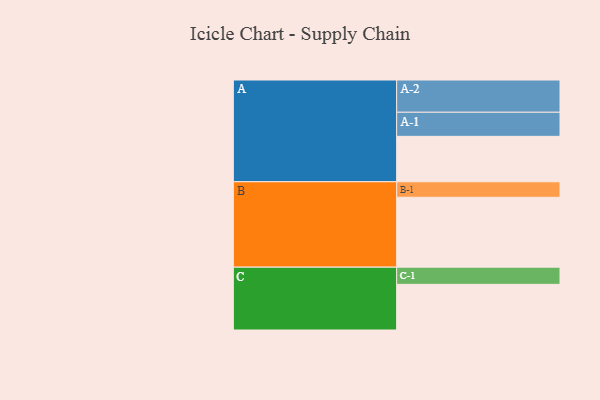
{"axis": {"x": "Segment", "y": "Value"}, "legend": ["", "A", "B", "C"], "data": [{"x": "A", "y": 386, "type": ""}, {"x": "B", "y": 594, "type": ""}, {"x": "C", "y": 388, "type": ""}, {"x": "A-1", "y": 205, "type": "A"}, {"x": "A-2", "y": 274, "type": "A"}, {"x": "B-1", "y": 132, "type": "B"}, {"x": "C-1", "y": 146, "type": "C"}]}